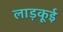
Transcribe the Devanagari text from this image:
लाड़कूई